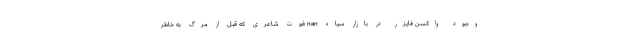
وجود واکسن فایزر در بازار سیاه nan فوت شاعری که قبل از مرگ به خاطر